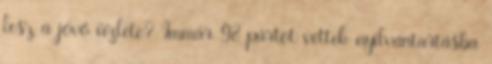
lesz a jövő üzlete? Immár 98 pártot vettek nyilvántartásba